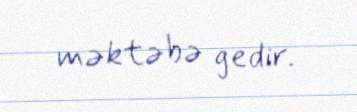
məktəbə gedir.